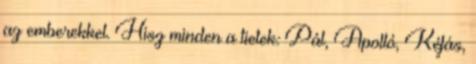
az emberekkel. Hisz minden a tietek: Pál, Apolló, Kéfás,